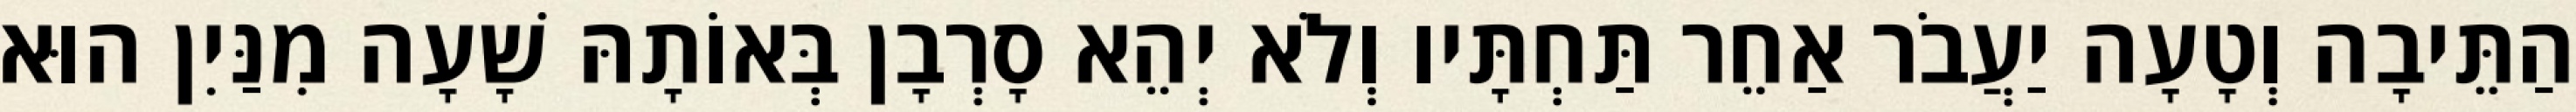
הַתֵּיבָה וְטָעָה יַעֲבֹר אַחֵר תַּחְתָּיו וְלֹא יְהֵא סָרְבָן בְּאוֹתָהּ שָׁעָה מִנַּיִן הוּא